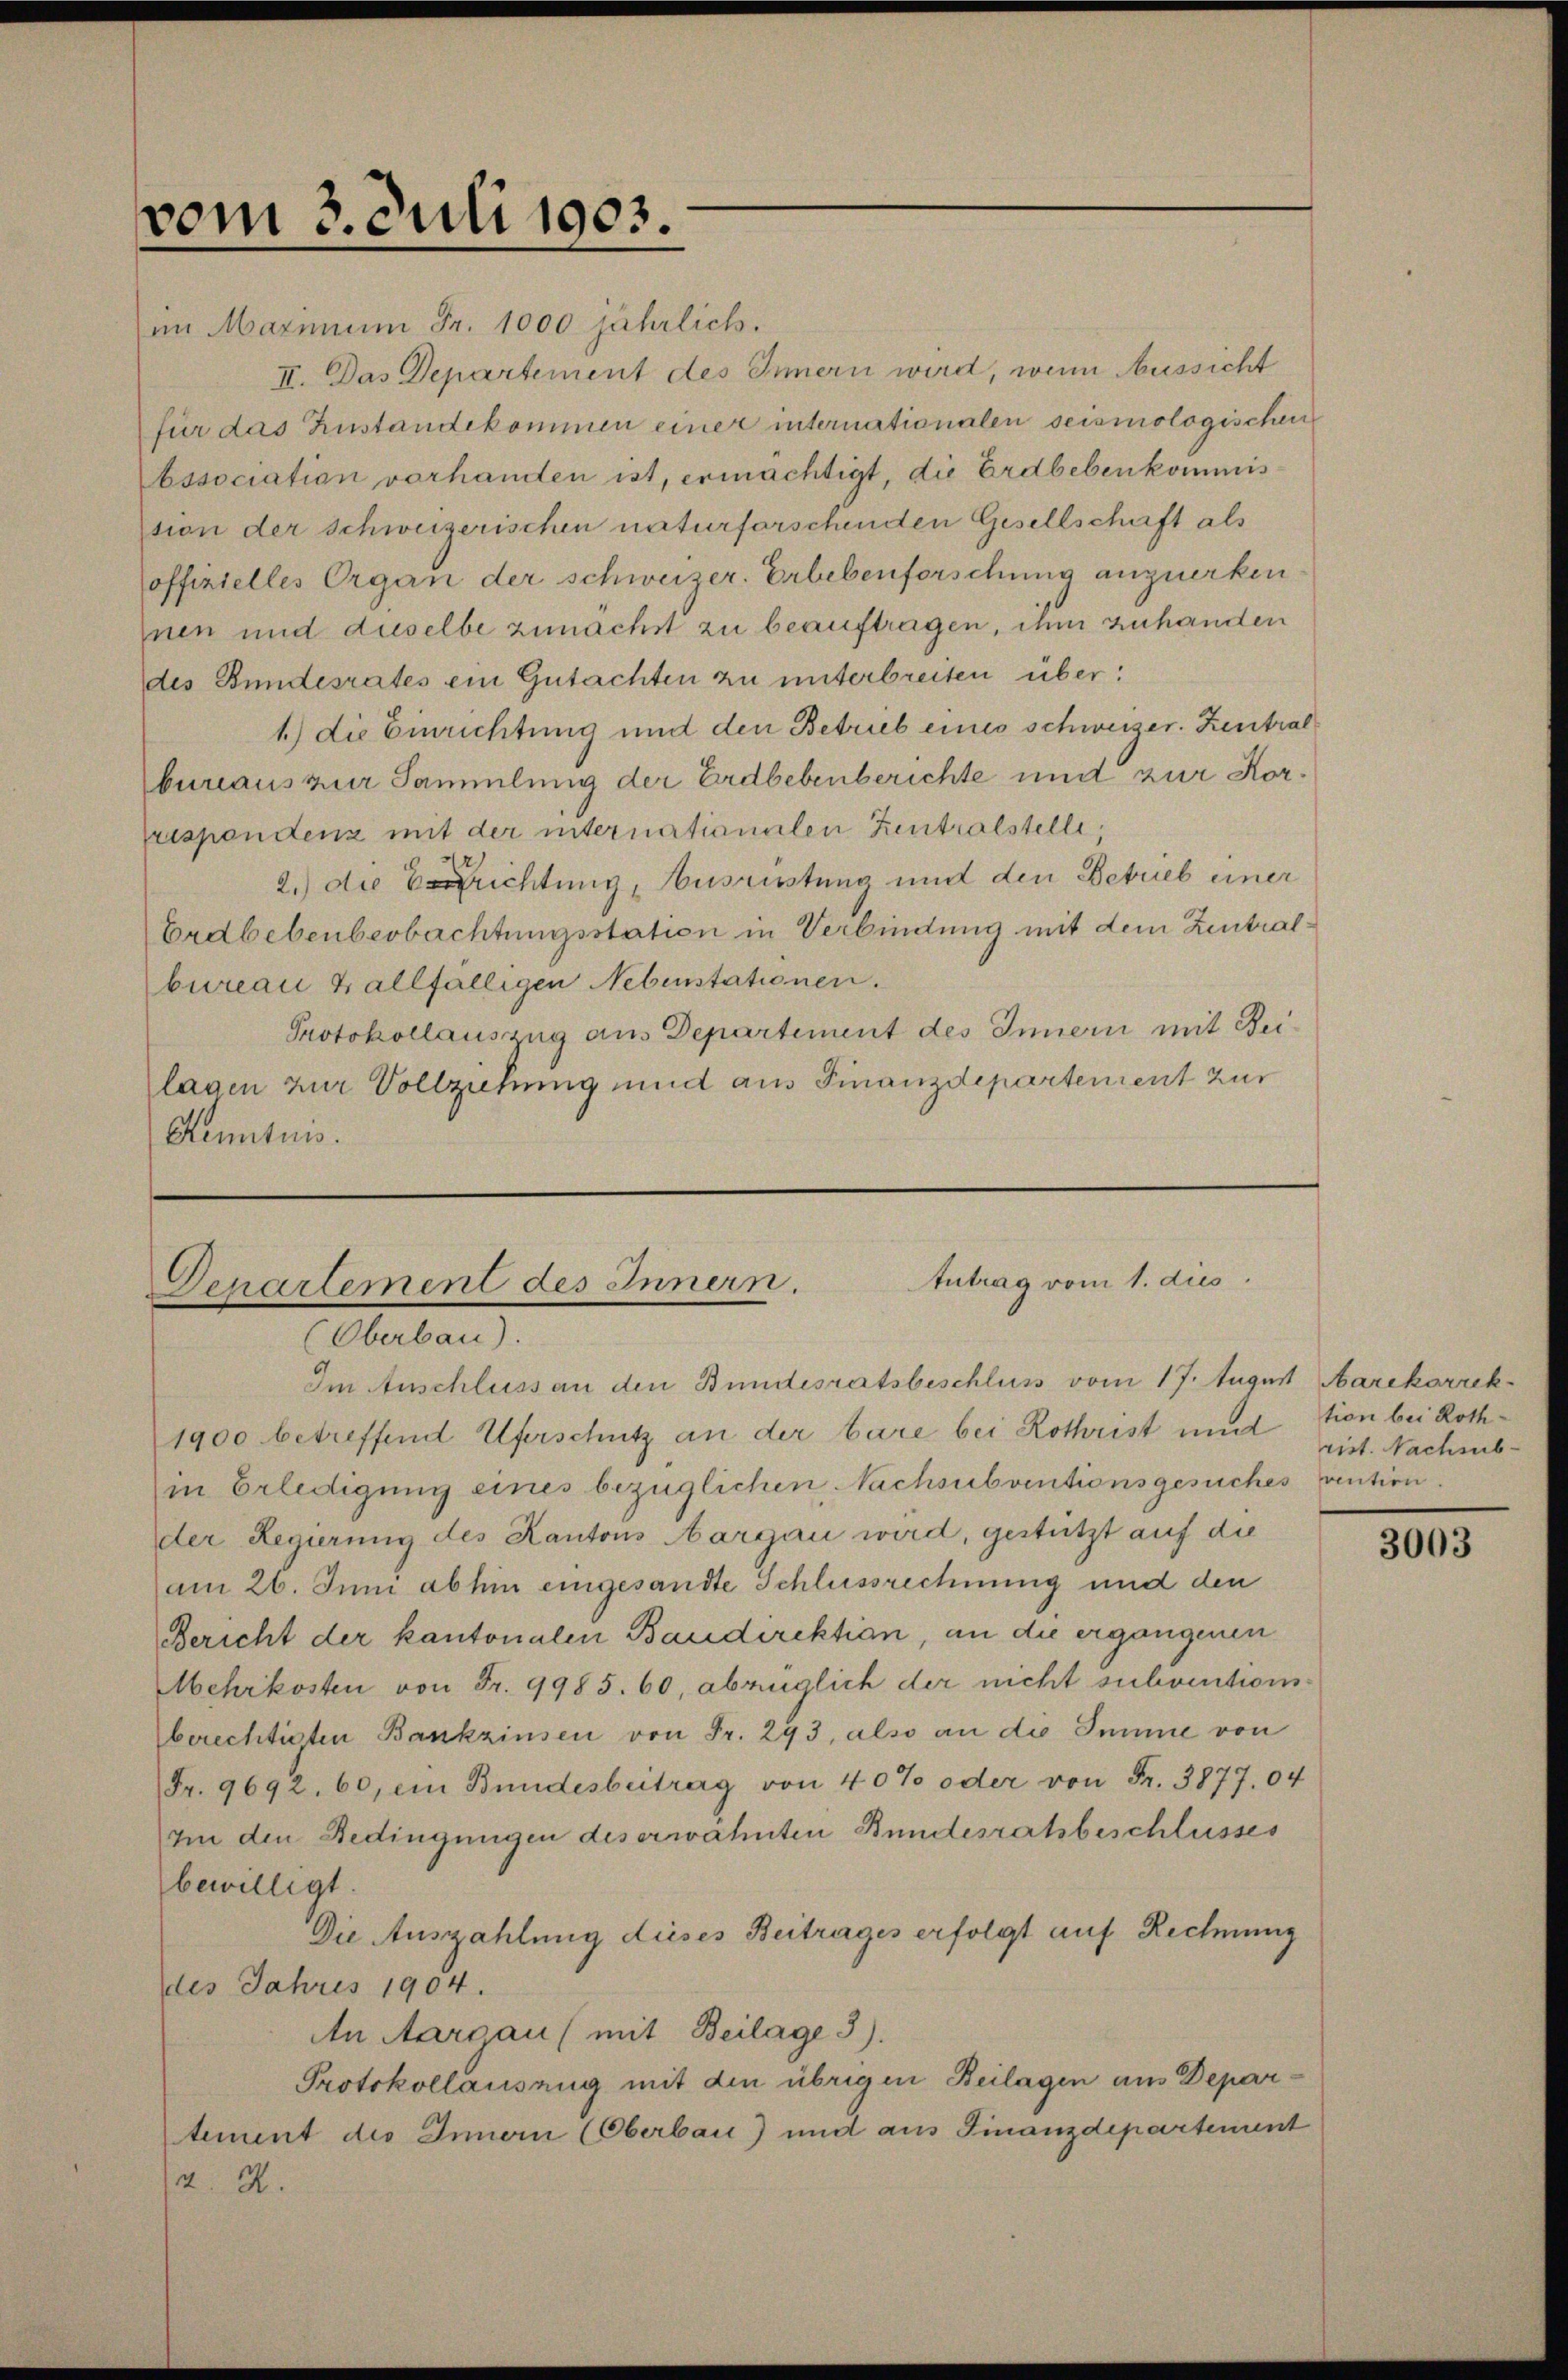
vom 3. Juli 1903.

im Maximum Fr. 1000 jährlich.
II. Das Departement des Innern wird, wenn Aussicht
für das Zustandekommen einer internationalen seismologischen
bssociation vorhanden ist, ermächtigt, die Erdbebenkommission der schweizerischen naturforschenden Gesellschaft als
offizielles Organ der schweizer. Erbebenforschung anzuerken
nen und auselbe zunächst zu beauftragen, ihm zuhanden
des Bundesrates ein Gutachten zu unterbreiten über:
1.) die Einrichtung und den Betrieb eines schweizer. Zentral
bureaus zur Sammlung der Erdbebenberichte und zur Kor¬
(respondenz mit der internationalen Zentralstelle,
2.) die richtung, Ausrüstung und den Betrieb einer
Erdbebenbeobachtungsstation in Verbindung mit dem Zentralbureau & allfälligen Nebenstationen.
Protokollauszug aus Departement des Innern mit Beilagen zur Vollziehung und aus Finanzdepartement zur
Kenntnis.

Antrag vom 1. dies
Denartement des Innern.
(Oberbau)

Im Anschluss an den Bundesratsbeschluß vom 17. August Marckorrek
1900 betreffend Uferschutz an der bare bei Rothrist und tien bei Roth¬
(in Erledigung eines bezüglichen Nachsubventionsgesuches vention.
der Regierung des Kantons Aargau wird, gestützt auf die
am 26. Juni abhin eingesandte Schlussrechnung und den
Bericht der kantonalen Baudirektion, an die ergangenen
Mehrkosten von Fr. 9985. 60, abzüglich der nicht subventionsberechtigten Bankzinsen von Fr. 293, also an die Summe von
Fr. 9692. 60, ein Bundesbeitrag von 40% oder von Fr. 3877. 04
zin den Bedingungen des erwähnten Bundesratsbeschlusses
bewilligt.
Die Auszahlung dieses Beitrages erfolgt auf Rechnung
des Jahres 1904.
An Aargau (mit Beilage 3).
Protokollausung mit den übrigen Beilagen aus Departement des Innern (Oberbau) und aus Finanzdepartement
2.2.

rist. Nachmib¬

3003